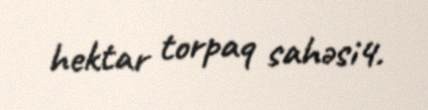
hektar torpaq sahəsi4.